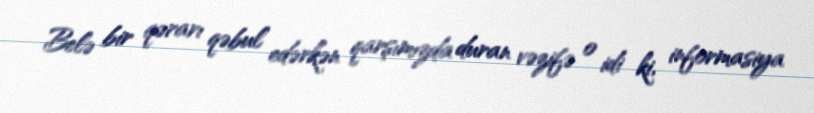
Belə bir qərarı qəbul edərkən qarşımızda duran vəzifə o idi ki, informasiya